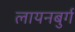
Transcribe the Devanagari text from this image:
लायनबुर्ग